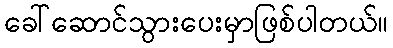
ခေါ်ဆောင်သွားပေးမှာဖြစ်ပါတယ်။